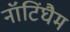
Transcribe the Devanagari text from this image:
नॉटिंघैम